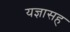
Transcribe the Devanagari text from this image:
यज्ञासह